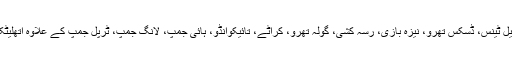
جن میں فٹبال، کرکٹ، ٹبیل ٹینس، ڈسکس تھرو، نیزہ بازی، رسہ کشی، گولہ تھرو، کراٹے، تائیکوانڈو، ہائی جمپ، لانگ جمپ، ٹرپل جمپ کے علاوہ اتھلیٹکس کھیلیں بھی شامل ہیں۔